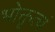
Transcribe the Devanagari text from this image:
भोक्तृत्वं